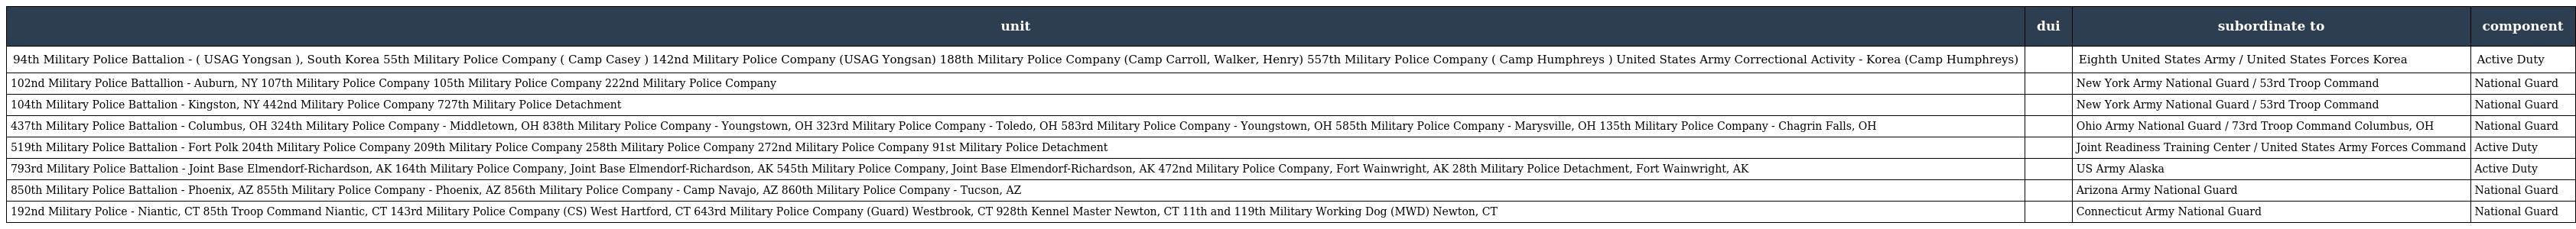
| unit | dui | subordinate to | component |
 | --- | --- | --- | --- |
 | 94th Military Police Battalion - ( USAG Yongsan ), South Korea 55th Military Police Company ( Camp Casey ) 142nd Military Police Company (USAG Yongsan) 188th Military Police Company (Camp Carroll, Walker, Henry) 557th Military Police Company ( Camp Humphreys ) United States Army Correctional Activity - Korea (Camp Humphreys) |  | Eighth United States Army / United States Forces Korea | Active Duty |
 | 102nd Military Police Battallion - Auburn, NY 107th Military Police Company 105th Military Police Company 222nd Military Police Company |  | New York Army National Guard / 53rd Troop Command | National Guard |
 | 104th Military Police Battalion - Kingston, NY 442nd Military Police Company 727th Military Police Detachment |  | New York Army National Guard / 53rd Troop Command | National Guard |
 | 437th Military Police Battalion - Columbus, OH 324th Military Police Company - Middletown, OH 838th Military Police Company - Youngstown, OH 323rd Military Police Company - Toledo, OH 583rd Military Police Company - Youngstown, OH 585th Military Police Company - Marysville, OH 135th Military Police Company - Chagrin Falls, OH |  | Ohio Army National Guard / 73rd Troop Command Columbus, OH | National Guard |
 | 519th Military Police Battalion - Fort Polk 204th Military Police Company 209th Military Police Company 258th Military Police Company 272nd Military Police Company 91st Military Police Detachment |  | Joint Readiness Training Center / United States Army Forces Command | Active Duty |
 | 793rd Military Police Battalion - Joint Base Elmendorf-Richardson, AK 164th Military Police Company, Joint Base Elmendorf-Richardson, AK 545th Military Police Company, Joint Base Elmendorf-Richardson, AK 472nd Military Police Company, Fort Wainwright, AK 28th Military Police Detachment, Fort Wainwright, AK |  | US Army Alaska | Active Duty |
 | 850th Military Police Battalion - Phoenix, AZ 855th Military Police Company - Phoenix, AZ 856th Military Police Company - Camp Navajo, AZ 860th Military Police Company - Tucson, AZ |  | Arizona Army National Guard | National Guard |
 | 192nd Military Police - Niantic, CT 85th Troop Command Niantic, CT 143rd Military Police Company (CS) West Hartford, CT 643rd Military Police Company (Guard) Westbrook, CT 928th Kennel Master Newton, CT 11th and 119th Military Working Dog (MWD) Newton, CT |  | Connecticut Army National Guard | National Guard |